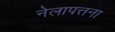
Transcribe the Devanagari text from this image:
नेलापत्तना